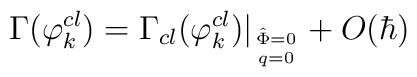
\Gamma (\varphi^{cl}_k) = \Gamma_{cl} (\varphi ^{cl}_k) \big|_{\hat \Phi= 0 \atop q = 0} + O(\hbar)